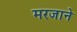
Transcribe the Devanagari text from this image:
मरजाने